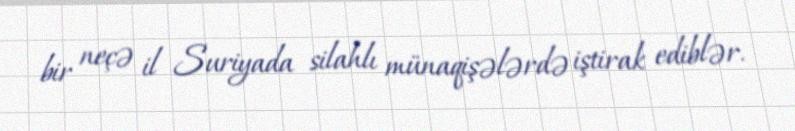
bir neçə il Suriyada silahlı münaqişələrdə iştirak ediblər.